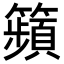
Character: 𥷎